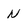
Character: N